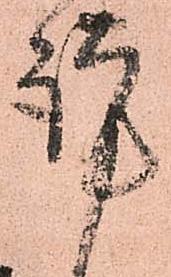
謹